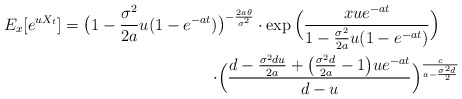
\begin{align*}E_x[e^{uX_t}]=\big(1-\frac{\sigma^2}{2a}u(1-e^{-at})&\big)^{-\frac{2a\theta}{\sigma^2}} \cdot \exp \Big (\frac{xue^{-at}}{1-\frac{\sigma^2}{2a}u(1-e^{-at})} \Big) \\\cdot & \Big (\frac{d-\frac{\sigma^2du}{2a}+\big(\frac{\sigma^2d}{2a}-1\big)ue^{-at}}{d-u}\Big )^{\frac{c}{a-\frac{\sigma^2d}{2}}} \end{align*}